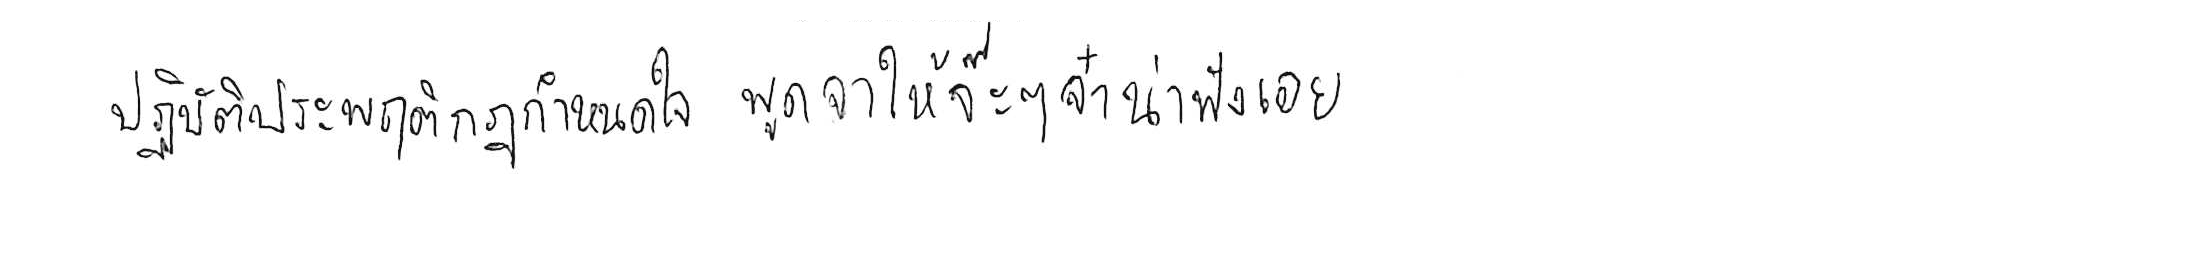
ปฏิบัติประพฤติกฎกำหนดใจ พูดจาให้จ๊ะๆ จ๋า น่าฟังเอยฯ